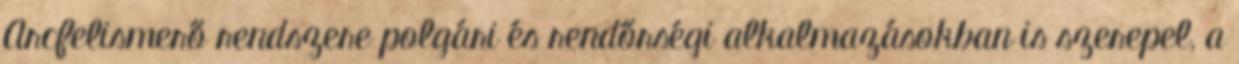
Arcfelismerő rendszere polgári és rendőrségi alkalmazásokban is szerepel, a